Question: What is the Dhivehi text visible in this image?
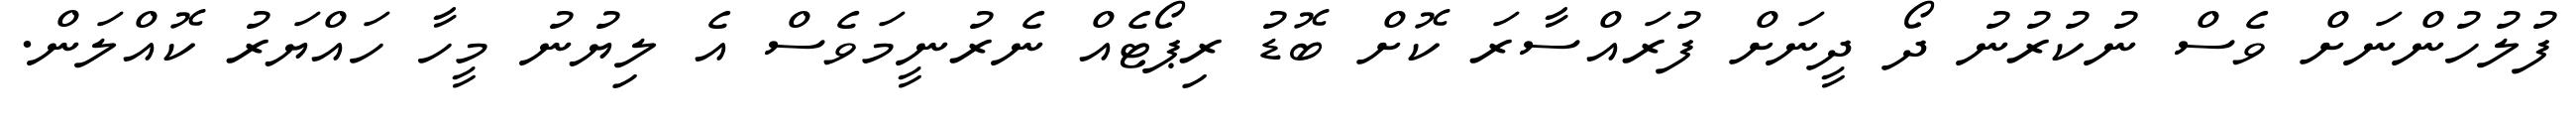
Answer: ފުލުހުންނަށް ވެސް ނުކުރުނު ދޯ ދީނަށް ފުރައްސާރަ ކޮށް ބޮޑު ރިޕޯޓެއް ނެރުނީމަވެސް އެ ލިޔުނު މީހާ ހައްޔަރު ކޮއްލަން.